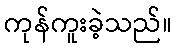
ကုန်ကူးခဲ့သည်။